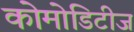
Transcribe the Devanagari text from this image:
कोमोडिटीज